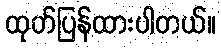
ထုတ်ပြန်ထားပါတယ်။